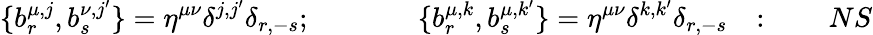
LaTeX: \{ b_{r}^{\mu,j},b_{s}^{\nu,j^{\prime}}\} =\eta^{\mu\nu}\delta^{j,j^{\prime}}\delta_{r,-s};~~~~~~~~~~~~~~~\{ b_{r}^{\mu,k},b_{s}^{\mu,k^{\prime}}\} =\eta^{\mu\nu}\delta^{k,k^{\prime}}\delta_{r,-s}~~~:~~~~~~~~NS